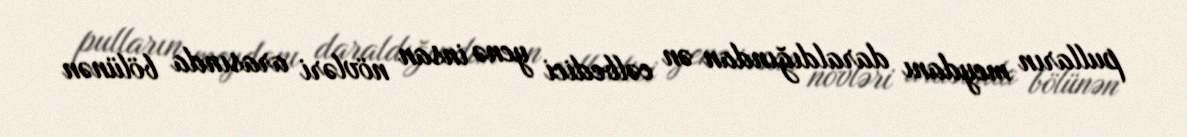
pulların meydanı daraldığından ən cəlbedici yenə insan növləri arasında bölünən